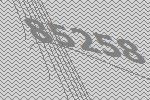
85258